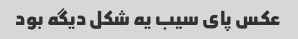
عکس پای سیب یه شکل دیگه بود